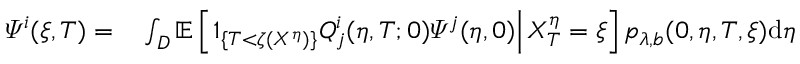
\begin{array} { r l } { \varPsi ^ { i } ( \xi , T ) = } & { { } \int _ { D } \mathbb { E } \left[ \left. 1 _ { \{ T < \zeta ( X ^ { \eta } ) \} } Q _ { j } ^ { i } ( \eta , T ; 0 ) \varPsi ^ { j } ( \eta , 0 ) \right| X _ { T } ^ { \eta } = \xi \right] p _ { \lambda , b } ( 0 , \eta , T , \xi ) \mathrm { d } \eta } \end{array}